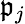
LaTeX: {\mathfrak{p}}_{j}